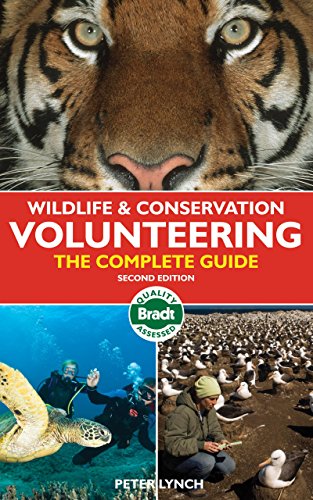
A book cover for Wildlife & Conservation Volunteering: The Complete Guide (Bradt Travel Guide); Peter Lynch; Business & Money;